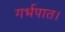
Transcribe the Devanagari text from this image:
गर्भपात।